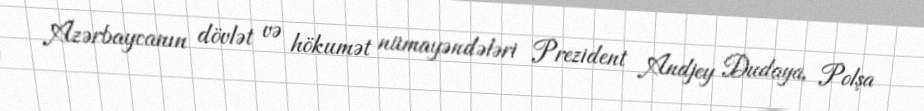
Azərbaycanın dövlət və hökumət nümayəndələri Prezident Andjey Dudaya, Polşa